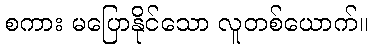
စကား မပြောနိုင်သော လူတစ်ယောက်။